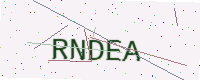
Text: RNDEA